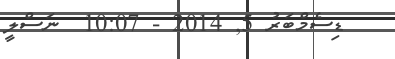
ޑިސެމްބަރު 5